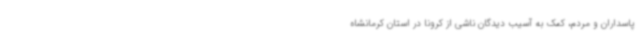
پاسداران و مردم، کمک به آسیب دیدگان ناشی از کرونا در استان کرمانشاه